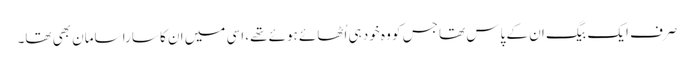
صرف ایک بیگ ان کے پاس تھا جس کو وہ خود ہی اُٹھائے ہوئے تھے، اسی میں ان کا سارا سامان بھی تھا۔